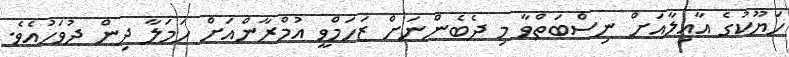
ހަޔޫކުގެ އާއިލާއަށް ނިސްބަތްވާ މި ދެބެންނަށް ޒަހަމްވީ އުމްރާންއަށް ހަމަލާ ދިން ދުވަހުއެވެ.